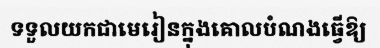
ទទួលយកជាមេរៀនក្នុងគោលបំណងធ្វើឱ្យ